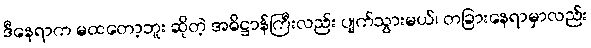
ဒီနေရာက မထတော့ဘူး ဆိုတဲ့ အဓိဋ္ဌာန်ကြီးလည်း ပျက်သွားမယ်၊ တခြားနေရာမှာလည်း